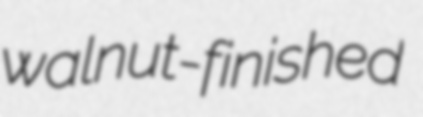
walnut-finished